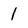
Character: 1